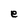
Character: e